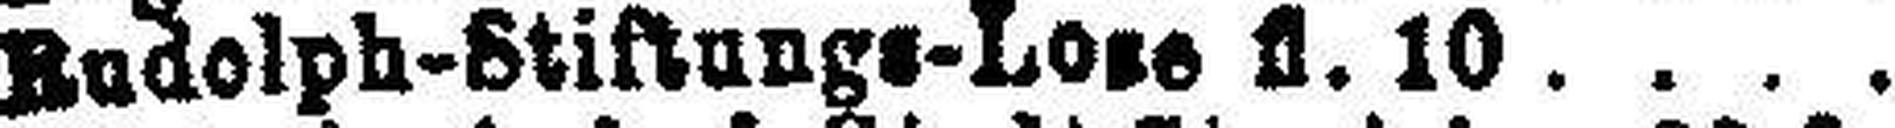
Budolph-Stiftungs-Lose fl. 10